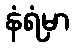
နံရံမှာ